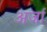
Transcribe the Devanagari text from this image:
अर्जा